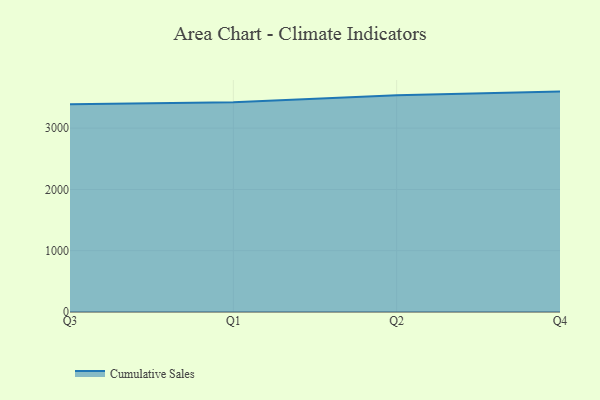
{"axis": {"x": "Quarter", "y": "Operating Costs (USD K)"}, "legend": ["Cumulative Sales"], "data": [{"x": "Q3", "y": 3388.1, "type": "Cumulative Sales"}, {"x": "Q1", "y": 3423.6, "type": "Cumulative Sales"}, {"x": "Q2", "y": 3534.8, "type": "Cumulative Sales"}, {"x": "Q4", "y": 3595.4, "type": "Cumulative Sales"}]}